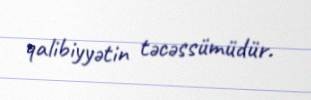
qalibiyyətin təcəssümüdür.